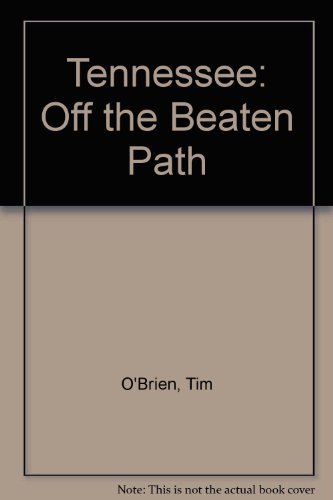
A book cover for Tennessee: Off the Beaten Path (Off the Beaten Path Tennessee); Tim O'Brien; Travel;